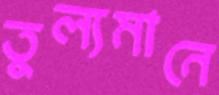
তুল্যমানে